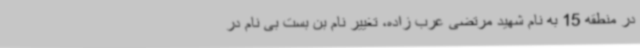
در منطقه 15 به نام شهید مرتضی عرب زاده، تغییر نام بن بست بی نام در